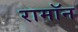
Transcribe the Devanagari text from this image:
रामॉन